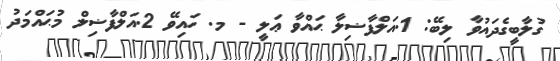
ގުލާބީގެދައުވާ ލިބޭ: 1.އަލްފާޟިލާ ޙައްވާ ޢަލީ - މ. ހައިވޭ 2.އަލްފާޟިލް މުޙައްމަދު